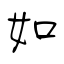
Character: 如